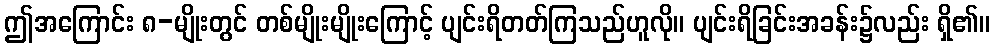
ဤအကြောင်း ၈-မျိုးတွင် တစ်မျိုးမျိုးကြောင့် ပျင်းရိတတ်ကြသည်ဟူလို။ ပျင်းရိခြင်းအခန်း၌လည်း ရှိ၏။